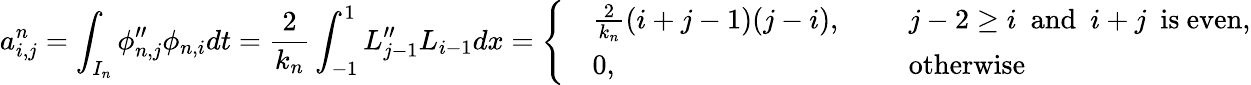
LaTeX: a_{i,j}^{n}=\displaystyle\int_{I_{n}}\phi_{n,j}^{\prime\prime}\phi_{n,i}dt=\frac{2}{k_{n}}\displaystyle\int_{-1}^{1}L_{j-1}^{\prime\prime}L_{i-1}dx=\left\{ \begin{array}{rlrl}&{\frac{2}{k_{n}}(i+j-1)(j-i),}&&{~~j-2\ge i~~\mathrm{and}~~i+j~~\mathrm{is~even},}\\ &{0,}&&{~~\mathrm{otherwise}}\end{array}\right.